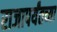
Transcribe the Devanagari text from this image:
राजापर्यंतच्या